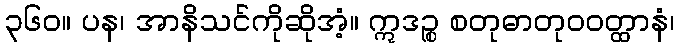
၃၆၀။ ပန၊ အာနိသင်ကိုဆိုအံ့။ ဣဒဉ္စ စတုဓာတုဝဝတ္ထာနံ၊